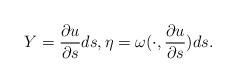
LaTeX: \begin{align*}Y=\frac{\partial u}{\partial s} ds, \eta= \omega(\cdot, \frac{\partial u}{\partial s}) ds.\end{align*}